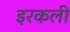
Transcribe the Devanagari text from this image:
इरकली